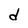
Character: d